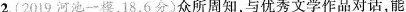
2.(2019河池一模，18，6分)众所周知，与优秀文学作品对话，能